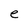
Character: e